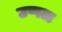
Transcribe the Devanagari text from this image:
उप्पळ